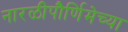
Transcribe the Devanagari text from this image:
नारळीपौर्णिमेच्या